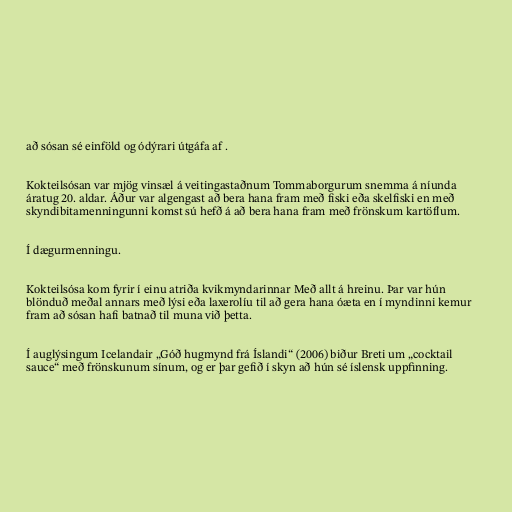
að sósan sé einföld og ódýrari útgáfa af .

Kokteilsósan var mjög vinsæl á veitingastaðnum Tommaborgurum snemma á níunda
áratug 20. aldar. Áður var algengast að bera hana fram með fiski eða skelfiski en með
skyndibitamenningunni komst sú hefð á að bera hana fram með frönskum kartöflum.

Í dægurmenningu.

Kokteilsósa kom fyrir í einu atriða kvikmyndarinnar Með allt á hreinu. Þar var hún
blönduð meðal annars með lýsi eða laxerolíu til að gera hana óæta en í myndinni kemur
fram að sósan hafi batnað til muna við þetta.

Í auglýsingum Icelandair „Góð hugmynd frá Íslandi“ (2006) biður Breti um „cocktail
sauce“ með frönskunum sínum, og er þar gefið í skyn að hún sé íslensk uppfinning.